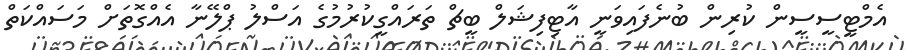
އެމްޓީސީސީން ކުރިން ބުނެފައިވަނީ އާޓިފިޝަލް ބީޗް ތަރައްގީކުރުމުގެ އަސްލު ޕްލޭނާ އެއްގޮތަށް މަސައްކަތް